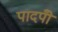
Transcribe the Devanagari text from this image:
पादपोँ